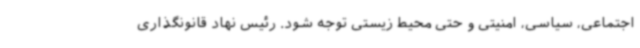
اجتماعی، سیاسی، امنیتی و حتی محیط زیستی توجه شود. رئیس نهاد قانونگذاری